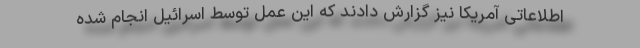
اطلاعاتی آمریکا نیز گزارش ‌دادند که این عمل توسط اسرائیل انجام شده